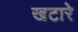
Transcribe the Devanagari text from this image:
खटारे